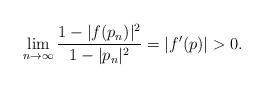
LaTeX: \begin{align*} \lim_{n \to \infty} \frac{1-|f(p_n)|^2}{1-|p_n|^2} = |f'(p)| > 0. \end{align*}